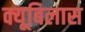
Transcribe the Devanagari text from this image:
क्यूबिलास